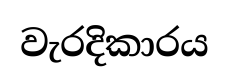
වැරදිකාරය